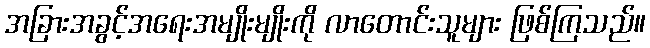
အခြားအခွင့်အရေးအမျိုးမျိုးကို လာတောင်းသူများ ဖြစ်ကြသည်။